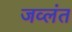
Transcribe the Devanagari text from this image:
जव्लंत